Lunatic asylums in Bengal annual reports 1888-1898 - 1888-1898
Year: 1888
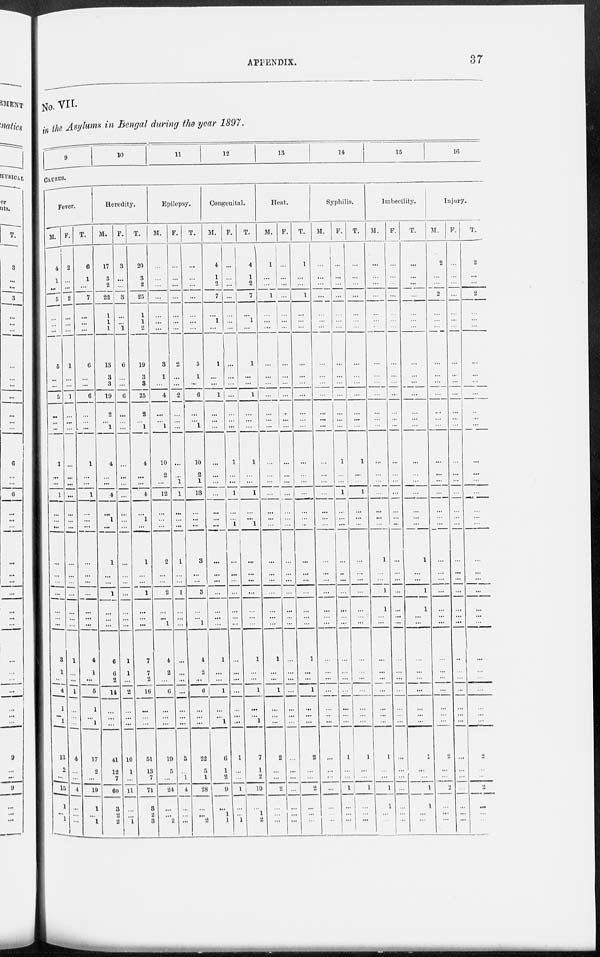
APPENDIX.
37
No. VII.
in the Asylums in Bengal during the year 1897.
9
10
11
12
13
14
15
16
CAUSES.
Fever.
M.
4
1
...
5
...
...
...
5
...
...
5
...
...
...
1
...
...
1
...
...
...
...
...
...
...
...
...
...
3
1
...
4
1
...
1
13
2
...
15
1
...
1
F.
2
...
...
2
...
...
...
1
...
...
1
...
...
...
...
...
...
...
...
...
...
...
...
...
...
...
...
...
1
...
...
1
...
...
...
4
...
...
4
...
...
...
T.
6
1
...
7
...
...
...
6
...
...
6
...
...
...
1
...
...
1
...
...
...
...
...
...
...
...
...
...
4
1
...
5
1
...
1
17
2
...
19
1
...
1
Heredity.
M.
17
3
2
22
1
1
1
13
3
3
19
2
...
1
4
...
...
4
...
1
...
1
...
...
1
...
...
...
6
6
2
14
...
...
...
41
12
7
60
3
2
2
F.
3
...
...
3
...
...
1
6
...
...
6
...
...
...
...
...
...
...
...
...
...
...
...
...
...
...
...
...
1
1
...
2
...
...
...
10
1
...
11
...
...
1
T.
20
3
2
25
1
1
2
19
3
3
25
2
...
1
4
...
...
4
...
1
...
1
...
...
1
...
...
...
7
7
2
16
...
...
...
51
13
7
71
3
2
3
Epilepsy.
M.
...
...
...
...
...
...
...
3
1
...
4
...
...
1
10
2
...
12
...
...
...
2
...
...
2
...
...
1
4
2
...
6
...
...
...
19
5
...
24
...
...
2
F.
...
...
...
...
...
...
...
2
...
...
2
...
...
...
...
...
1
1
...
...
...
1
...
...
1
...
...
...
...
...
...
...
...
...
...
3
...
1
4
...
...
...
T.
...
...
...
...
...
...
...
5
1
...
6
...
...
1
10
2
1
13
...
...
...
3
...
...
3
...
...
1
4
2
...
6
...
...
...
22
5
1
28
...
...
2
Congenital.
M.
4
1
2
7
...
1
...
1
...
...
1
...
...
...
...
...
...
...
...
...
...
...
...
...
...
...
...
...
1
...
...
1
...
... 1
6
1
2
9
...
1
1
F.
...
...
...
...
...
...
...
...
...
...
...
...
...
...
1
...
...
1
...
...
1
...
...
...
...
...
...
...
...
...
...
...
...
...
...
1
...
...
1
...
...
1
T.
4
1
2
7
...
1
...
1
...
...
1
...
...
...
1
...
...
1
...
...
1
...
...
...
...
...
...
...
1
...
...
1
...
... 1
7
1
...
10
...
1
2
Heat.
M.
1
...
...
1
...
...
...
...
...
...
...
...
...
...
...
...
...
...
...
...
...
...
...
...
...
...
...
...
1
...
...
1
...
...
...
2
...
...
2
...
...
...
F.
...
...
...
...
...
...
...
...
...
...
...
...
...
...
...
...
...
...
...
...
...
...
...
...
...
...
...
...
...
...
...
...
...
...
...
...
...
...
...
...
...
...
T.
1
...
...
1
...
...
...
...
...
...
...
...
...
...
...
...
...
...
...
...
...
...
...
...
...
...
...
...
1
...
...
1
...
...
...
2
...
...
2
...
...
...
Syphilis.
M.
...
...
...
...
...
...
...
...
...
...
...
...
...
...
...
...
...
...
...
...
...
...
...
...
...
...
...
...
...
...
...
...
...
...
...
...
...
...
...
...
...
...
F.
...
...
...
...
...
...
...
...
...
...
...
...
...
...
1
...
...
1
...
...
...
...
...
...
...
...
...
...
...
...
...
...
...
...
1
...
...
1
...
...
...
T.
...
...
...
...
...
...
...
...
...
...
...
...
...
...
1
...
...
1
...
...
...
...
...
...
...
...
...
...
...
...
...
...
...
... ...
1
...
...
1
...
...
...
Imbecility.
M.
...
...
...
...
...
...
...
...
...
...
...
...
...
...
...
...
...
...
...
...
...
1
...
...
1
1
...
...
...
...
...
...
...
... ...
1
...
...
1
1
...
...
F.
...
...
...
...
...
...
...
...
...
...
...
...
...
...
...
...
...
...
...
...
...
...
...
...
...
...
...
...
...
...
...
...
...
...
...
...
...
...
...
...
...
...
T.
...
...
...
...
...
...
...
...
...
...
...
...
...
...
...
...
...
...
...
...
...
1
...
...
1
1
...
...
...
...
...
...
...
...
...
1
...
...
1
1
...
...
Injury.
M.
2
...
...
2
...
...
...
...
...
...
...
...
...
...
...
...
...
...
...
...
...
...
...
...
...
...
...
...
...
...
...
...
...
...
...
2
...
...
2
...
...
...
F.
...
...
...
...
...
...
...
...
...
...
...
...
...
...
...
...
...
...
...
...
...
...
...
...
...
...
...
...
...
...
...
...
...
...
...
...
...
...
...
...
...
...
T.
2
...
...
2
...
...
...
...
...
...
...
...
...
...
...
...
...
...
...
...
...
...
...
...
...
...
...
...
...
...
...
...
...
...
...
2
...
...
2
...
...
...